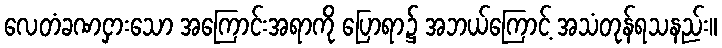
လေတံခဏငှားသော အကြောင်းအရာကို ပြောရာ၌ အဘယ်ကြောင့် အသံတုန်ရသနည်း။